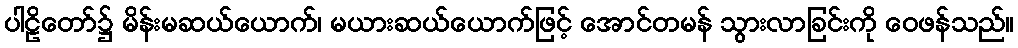
ပါဠိတော်၌ မိန်းမဆယ်ယောက်၊ မယားဆယ်ယောက်ဖြင့် အောင်တမန် သွားလာခြင်းကို ဝေဖန်သည်။